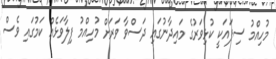
މުހިއްމު ސިފައަކީ ކުޅިވަރުގެ މައިދާނުގައި ދަސްވާ ވަރަށް މުހިއްމު ފިލާވަޅެއް ކަމުގައި ވެސް